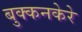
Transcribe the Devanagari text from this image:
बुक्कनकेरे